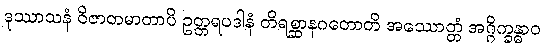
ဒုဿာသနံ ဝိဇာတမာတာပိ ဥတ္တရပဒါနံ တိရစ္ဆာနဂတောတိ အဿောတ္တံ အဂ္ဂိက္ခန္ဓာဝ